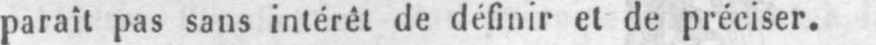
paraît pas sans intérêt de définir et de préciser.